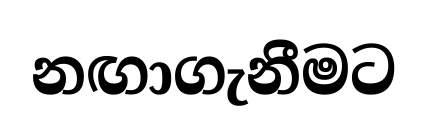
නඟාගැනීමට